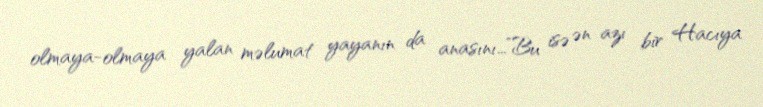
olmaya-olmaya yalan məlumat yayanın da anasını...”Bu isə ən azı bir Hacıya